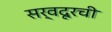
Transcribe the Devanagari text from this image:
सर्वदूरची